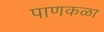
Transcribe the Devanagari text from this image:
पाणकळा